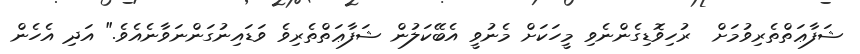
ޝަފާޢަތްތެރިވުމަށް  ރުހިވޮޑިގެންނެވި މީހަކަށް މެނުވީ އެބޭކަލުން ޝަފާޢަތްތެރިވެ ވަޑައިނުގަންނަވާނެއެވެ." އަދި އެހެން